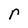
Character: r